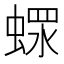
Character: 𧎖